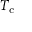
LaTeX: T _ { \mathrm { c } }